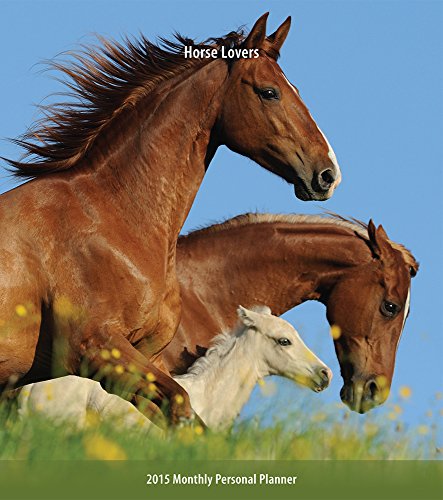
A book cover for Horse Lovers 2015 Monthly Personal Planner; BrownTrout; Calendars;